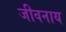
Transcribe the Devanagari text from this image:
जीवनाय